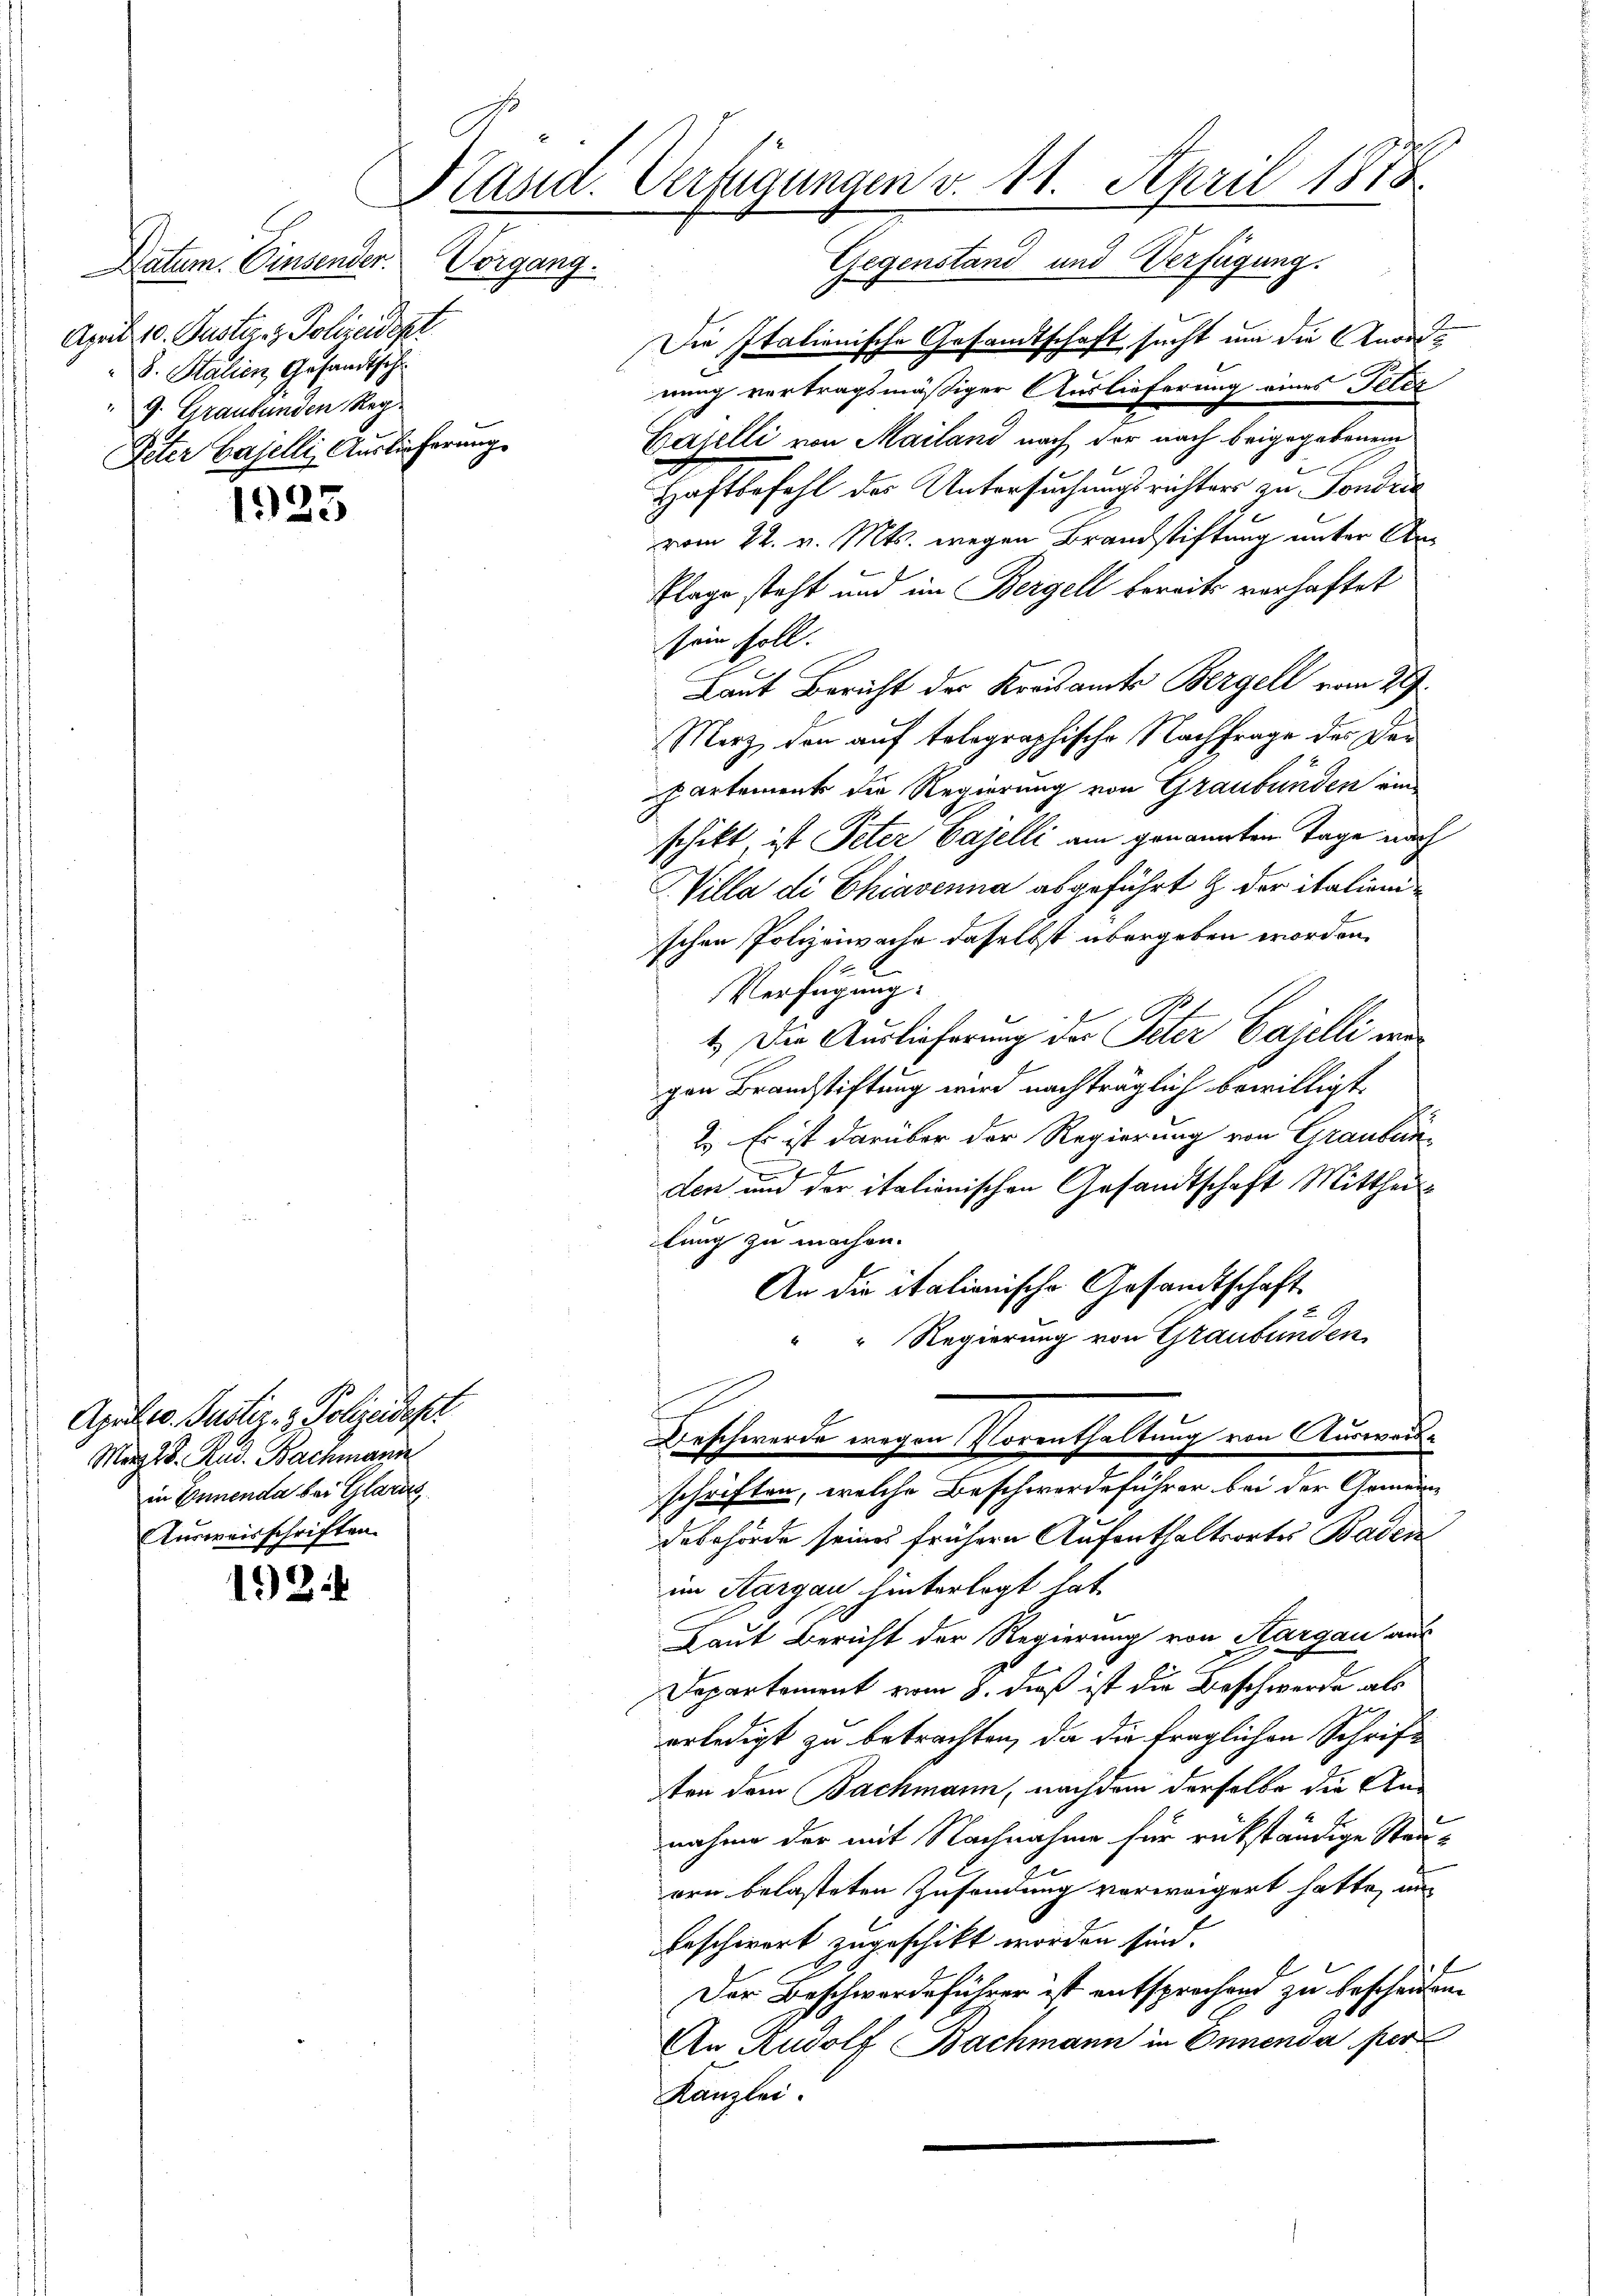
Datum. Einsender.
April 10. Justin z. Polizeidept
d. Stalien Gesandtsch¬
9. Graubünden Reg
Peter Baselli, Auslieferung

1923

April l. Justiz- & Polizeidefer
März d. Rud. Bachmann
in Ennenda bei Glarus
Ausweisschriften.

12

Pasid. Verfügungen v. 11. April 1878

Gegenstand und Verfügung.
Die Italienische Gesandtschaft sucht um die Anordnung vertragsmäßiger Auslieferung eines Telez
Cajelli von Mailand nach der nach beigegebenem
Haftbefehl des Untersuchungsrichters zu Fondri
vom 22. v. Mts. wegen Brandstiftung unter Ar¬
Klage steht und im Bergell bereits verhaftet
sein soll.
Laut Bericht der Kreisamts Bergell vom 29.
Merz den auf telegraphische Nachfrage des Dar
Partement die Regierung von Graubünden ein-
schikt ist Peter Cajelli am genannten Tage nach
Nilla di Chiavenna abgeführt & der italienischen Polizeiwache daselbst übergeben worden.
Verfügung:
1.) Die Auslieferung der Peter Cajelli wurgen Brandstiftung wird nachträglich bewilligt.
2. Es ist darüber der Regierung von Grauben
J
e
den und der italionischen Gesandtschaft Mittheil
lung zu machen.
An die italionische Gesandtschaft
" Regierung von Graubünden
Beschwerde wegen Vorenthaltung von Auswarte
schriften, welche Beschwerdeführer bei der Gemeindebehörde seines frühern Aufenthaltsortes Baden
im Aargau hinterlegt hat.
Laut Bericht der Regierung von Aargau aus
Departement vom 8. dieß ist die Beschwerde als
erledigt zu betrachten, da die fraglichen Schrift
ten dem Bachmann, nachdem derselbe die Annahme der mit Nachnahme für rükständige Stauern belasteten Zusendung vorweigert hatte, un
beschwert zugeschikt worden sind.
Der Beschwerdeführer ist entsprechend zu bescheiden.
u
An Rudolf Bachmann in Onnenda per
Kanzlei

Vorgang.